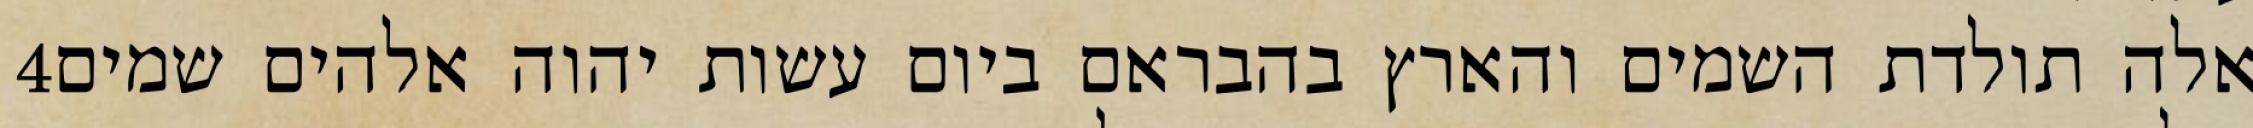
‎4‏ אלה תולדת השמים והארץ בהבראם ביום עשות יהוה אלהים שמים